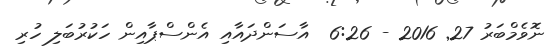
ނޮވެމްބަރު 27